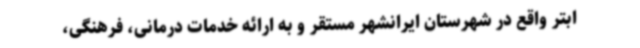
ابتر واقع در شهرستان ایرانشهر مستقر و به ارائه خدمات درمانی، فرهنگی،